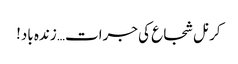
کرنل شجاع کی جرات… زندہ باد!